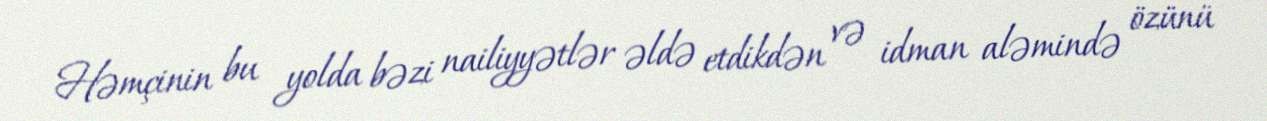
Həmçinin bu yolda bəzi nailiyyətlər əldə etdikdən və idman aləmində özünü